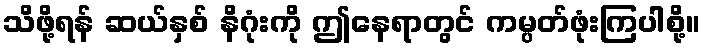
သိဖို့ရန် ဆယ်နှစ် နိဂုံးကို ဤနေရာတွင် ကမ္ပတ်ဖုံးကြပါစို့။